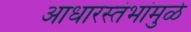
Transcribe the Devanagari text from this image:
आधारस्तंभांमुळे